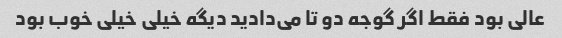
عالی بود فقط اگر گوجه دو تا می‌دادید دیگه خیلی خیلی خوب بود